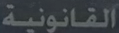
القانونية